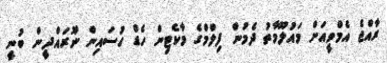
ރާއްޖެ އެމްވީއަށް މައުލޫމާތު ދެމުން ފިލްމްގެ މާކެޓިން ހެޑް ހުސައިން ނޫރައްދީން ބުނީ